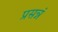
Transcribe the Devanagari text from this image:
प्रसन्नं